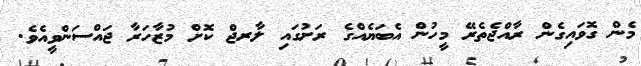
މެން ގޮވައިގެން ރާއްޖެތެރޭ މީހުން އެބަޔެއްގެ ރަށުގައި ލާރޖް ކޮށް މުޒާހަރާ ޖައްސަންވީއެވެ.